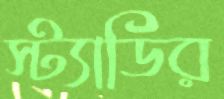
স্ট্যাডির